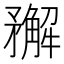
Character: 𥎎